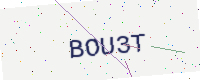
Text: BOU3T